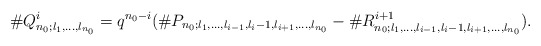
\begin{align*}\#Q^i_{n_0;l_1,\ldots,l_{n_0}}=q^{n_0-i}(\#P_{n_0;l_1,\ldots,l_{i-1},l_i-1,l_{i+1},\ldots,l_{n_0}}-\#R^{i+1}_{n_0;l_1,\ldots,l_{i-1},l_i-1,l_{i+1},\ldots,l_{n_0}}).\end{align*}